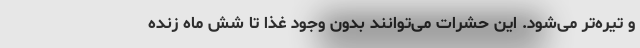
و تیره‌تر می‌شود. این حشرات می‌توانند بدون وجود غذا تا شش ماه زنده